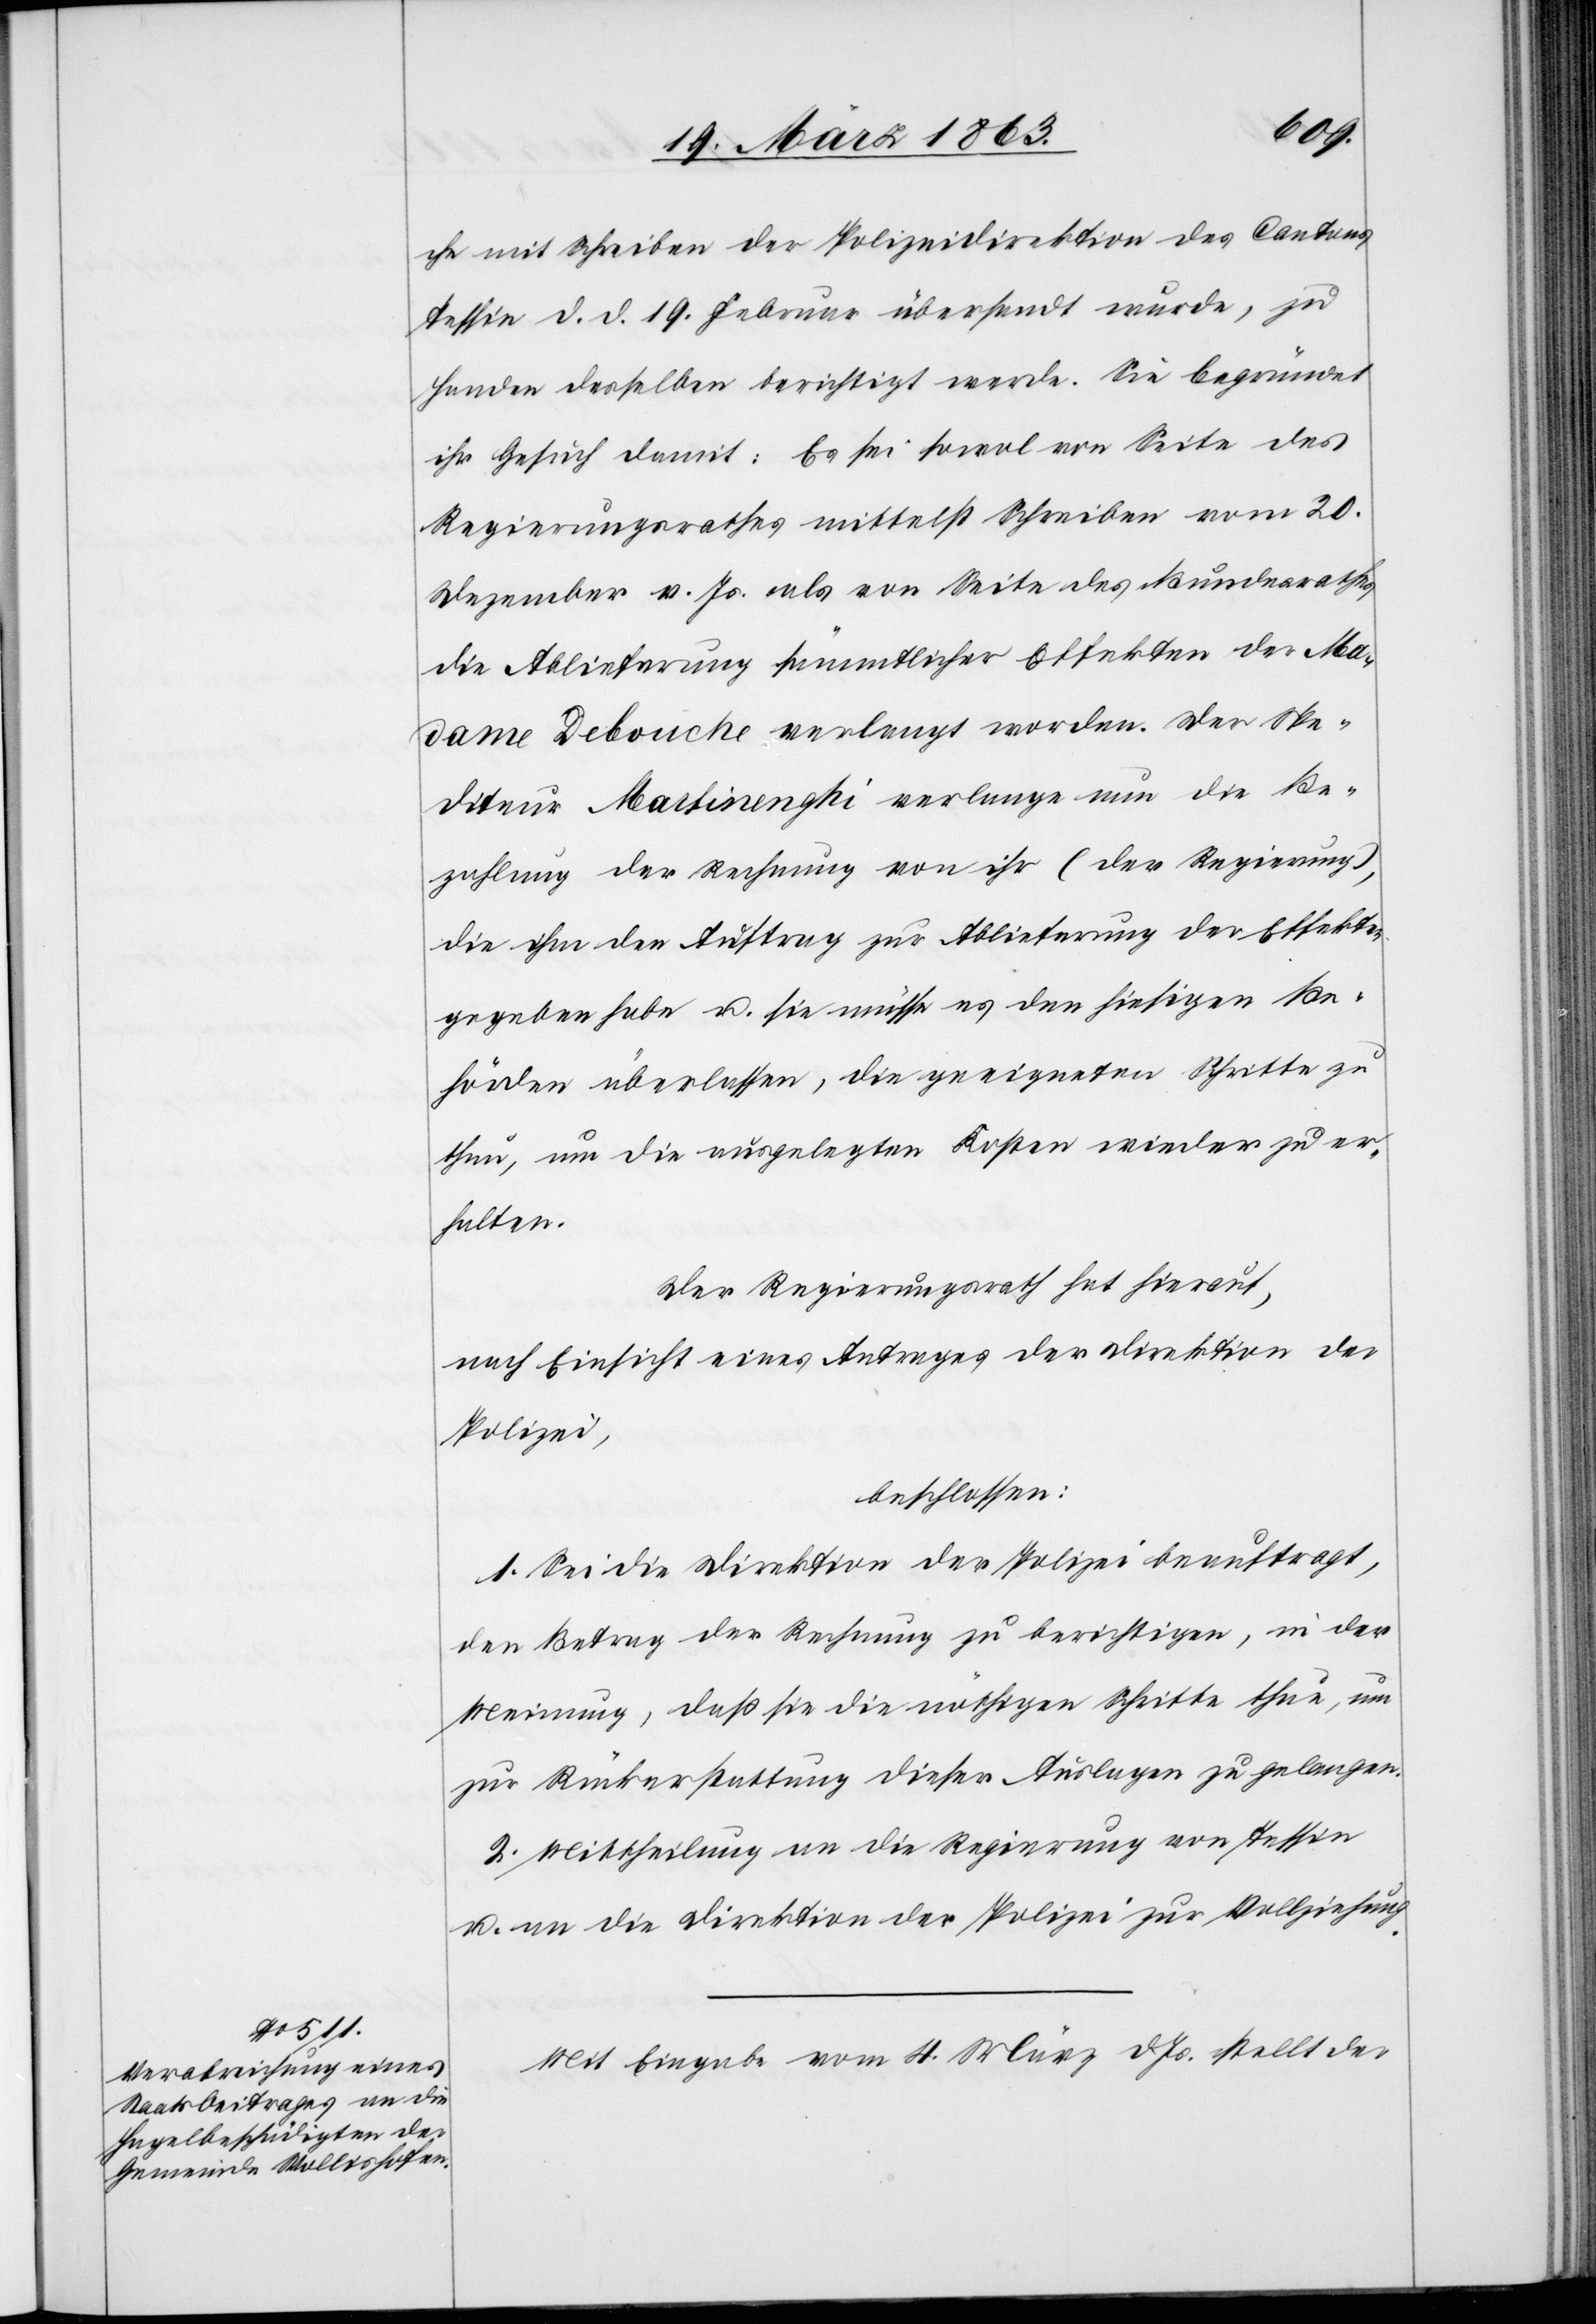
che mit Schreiben der Polizeidirektion des Cantons
Tessin d. d. 19. Februar übersandt wurde, zu
Handen desselben berichtigt werde. Sie begründet
ihr Gesuch damit: Es sei sowol von Seite des
Regierungsrathes mittelst Schreiben vom 20.
Dezember v. Js. als von Seite des Bundesrathes
die Ablieferung sämmtlicher Effekten der Ma¬
dame Debouche verlangt worden. Der Spe¬
diteur Martinenghi verlange nun die Be¬
zahlung der Rechnung von ihr (der Regierung),
die ihm den Auftrag zur Ablieferung der Effekten
gegeben habe u. sie müsse es den hiesigen Be¬
hörden überlassen, die geeigneten Schritte zu
thun, um die ausgelegten Kosten wieder zu er¬
halten.
Der Regierungsrath hat hierauf,
nach Einsicht eines Antrages der Direktion der
Polizei,
beschlossen:
1. Sei die Direktion der Polizei beauftragt,
den Betrag der Rechnung zu berichtigen, in der
Meinung, daß sie die nöthigen Schritte thue, um
zur Rückerstattung dieser Auslagen zu gelangen.
2. Mittheilung an die Regierung von Tessin
u. an die Direktion der Polizei zur Vollziehung.
Mit Eingabe vom 4. März d. Js. stellt der